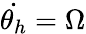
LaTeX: \dot{\theta_{h}}=\Omega